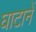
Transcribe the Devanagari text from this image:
घाटानें